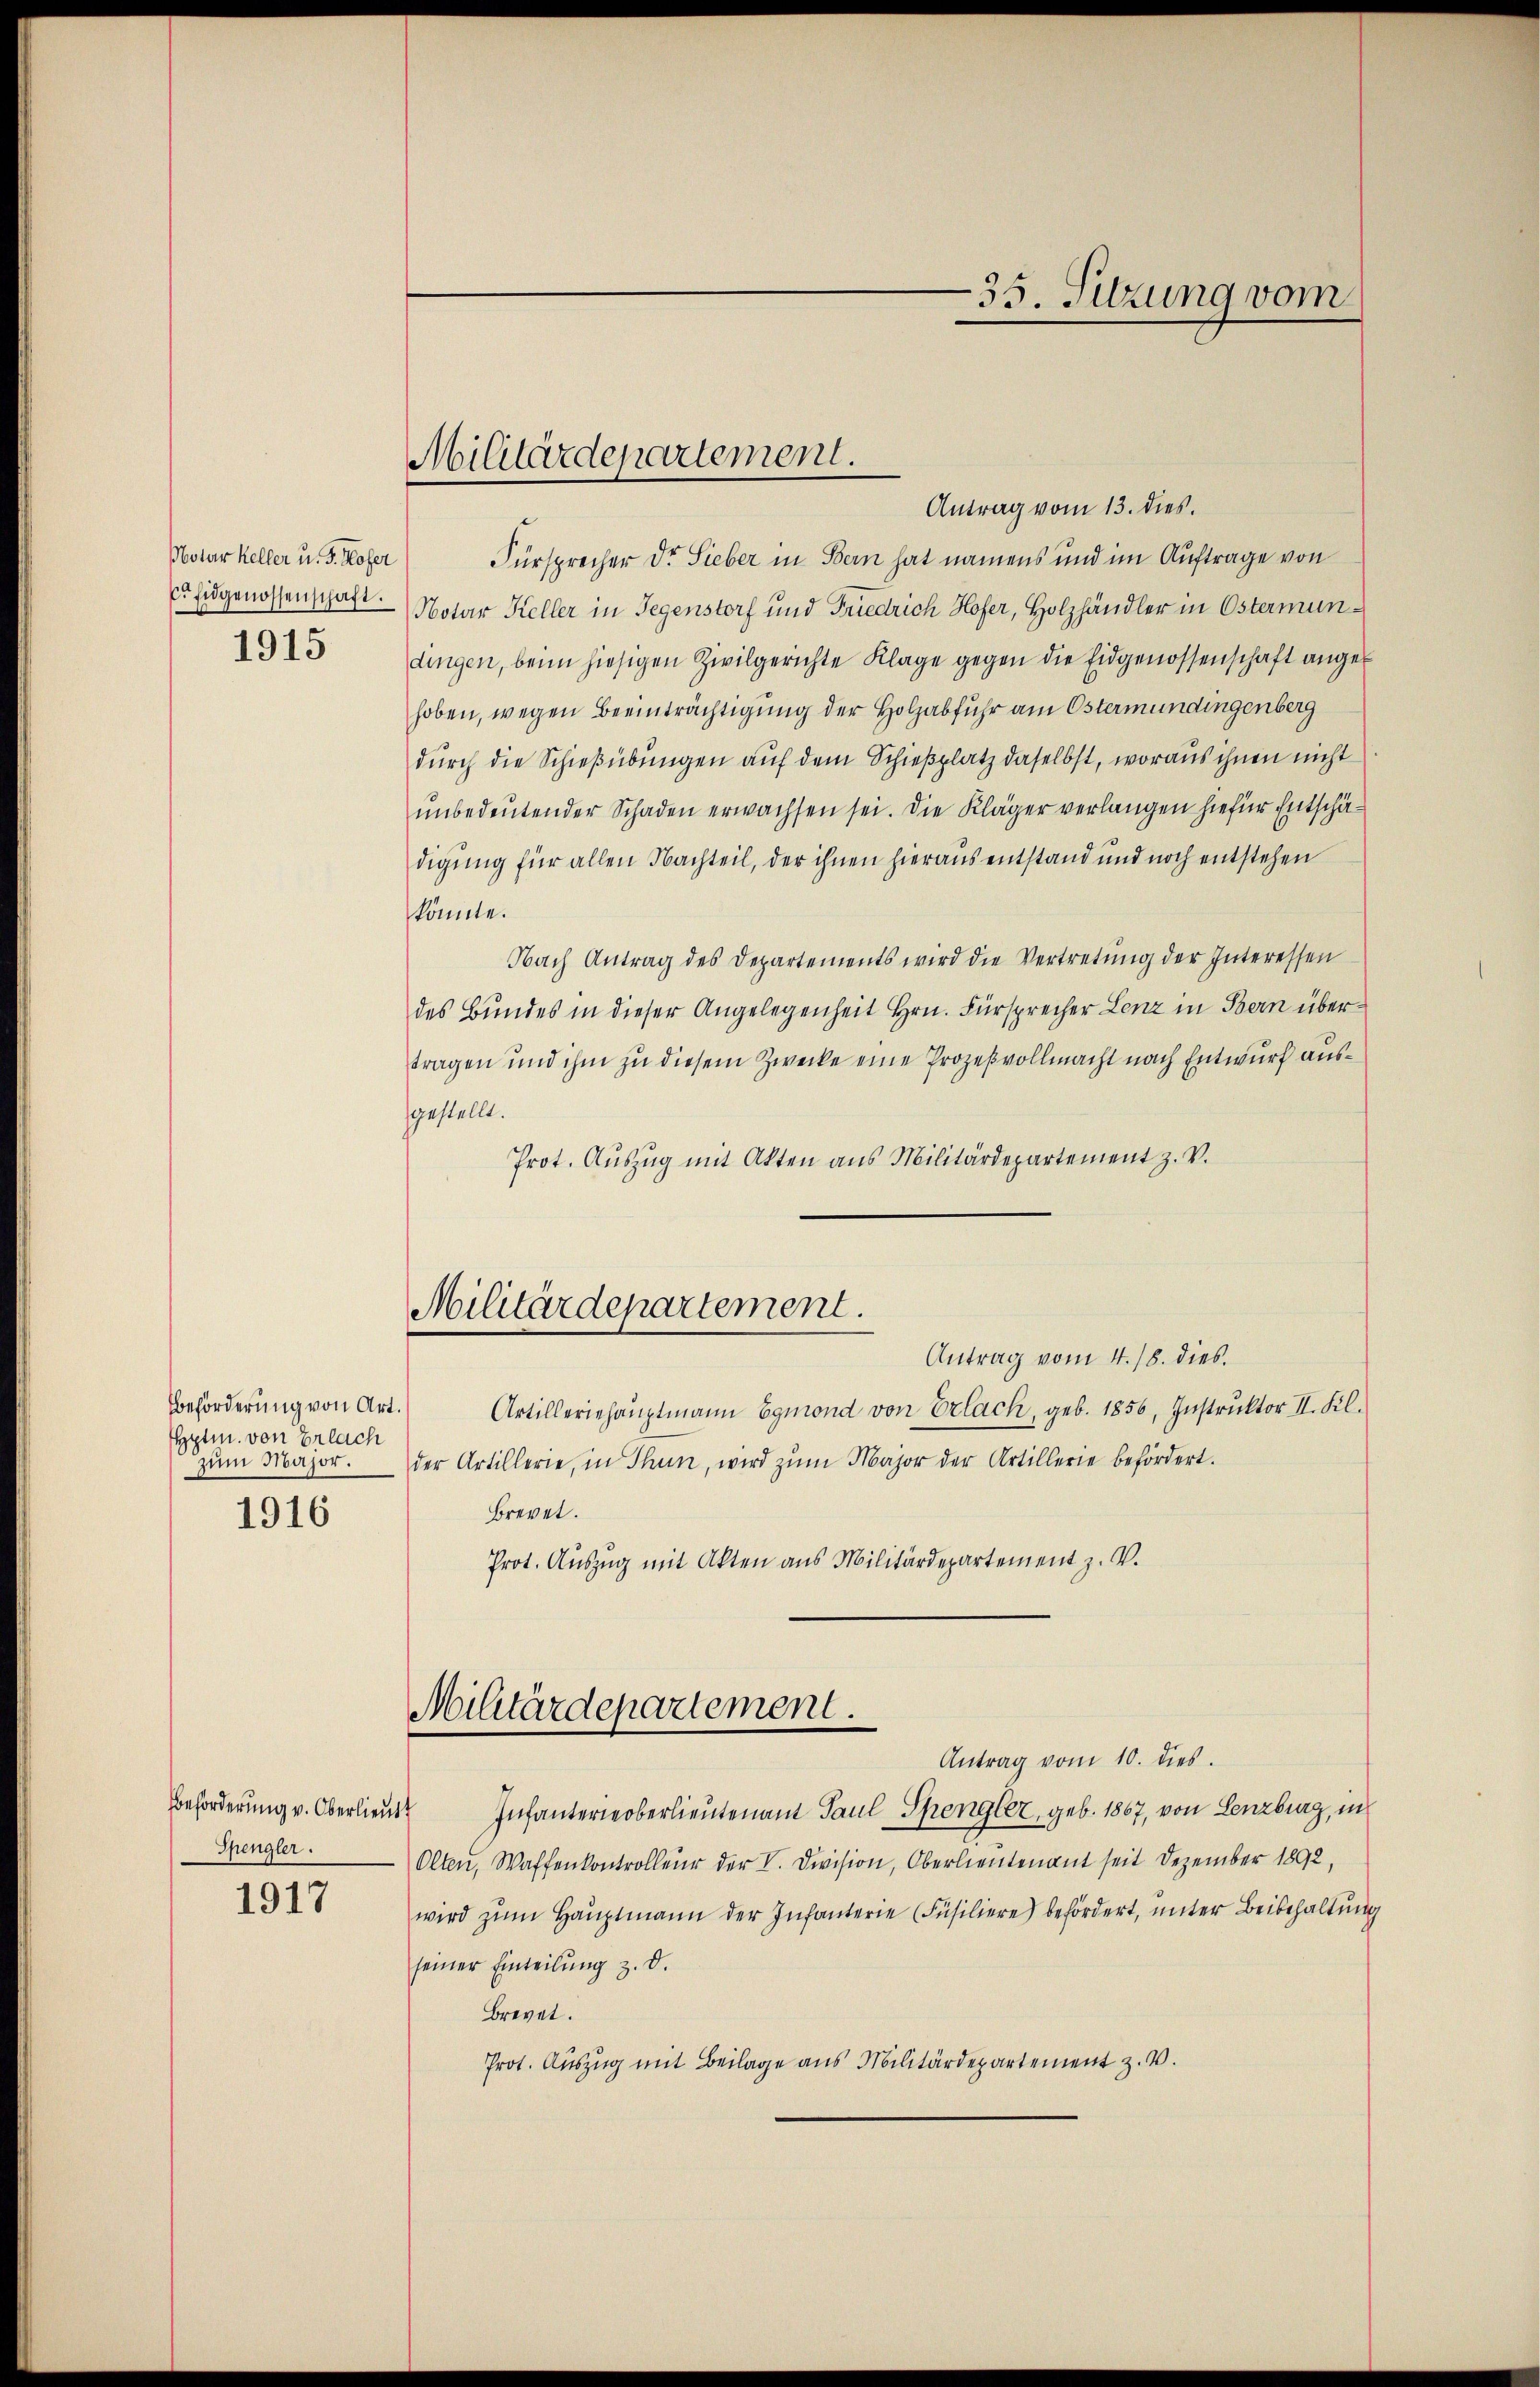
Notar Keller u. S. Hofer
C. Eidgenossenschaft.
1915

Beförderung von Art.
Ehptm. von Erlach
1916

Spengler.
1917

Militärdepartement.

Antrag vom 13. dies.
Fürsprecher Dr. Sieber in Bern hat namens und im Auftrage von
Notar Keller in Gegenstorf und Friedrich Hofer, Holzhändler in Östermundingen, beim hiesigen Zivilgerichte Klage gegen die Eidgenossenschaft angehoben, wegen Beeinträchtigung der Holzabfuhr am Ostermündingenberg
durch die Schießübungen auf dem Schießplatz daselbst, woraus ihnen nicht
ŭnbedeŭtender Schaden erwachsen sei. Die Kläger verlangen hiefür Entschädigung für allen Nachteil, der ihnen hieraus entstand und noch entstehen
könnte.
Nach Antrag des Departements wird die Vertretŭng der Interessen
des Bundes in dieser Angelegenheit Hrn. Fürsprecher Lenz in Bern übertragen und ihm zu diesem Zwecke eine Prozeßvollmacht nach Entwurf ausfgestellt.
Prot. Auszug mit Akten aus Militärdepartement z. v.
Militärdepartement.
Antrag vom 4. 18. dies.
Artilleriehauptmann Egmond von Erlach, geb. 1856, Instruktor II. Kl.
Zŭm Major. der Artillerie, in Thun, wird zŭm Major der Artillerie befördert.
Brevet.
Prot. Auszug mit Akten aus Militärdepartement z. V.

Militärdepartement.

-35. Sitzung vom

Antrag vom 10. dies
Beförderung v. Oberlieŭt. Infanterieberlieutenant Paul Spengler, geb. 1867, von Lenzburg, in
Olten, Waffenkontrolleur der V. Division, Oberlieutenant seit Dezember 1892,
wird zŭm Hauptmann der Infanterie (Füsiliere) befördert, unter Beibehaltung
seiner Einteilung z. d.
Brevet.
Prot. Auszug mit Beilage aus Militärdepartement z.